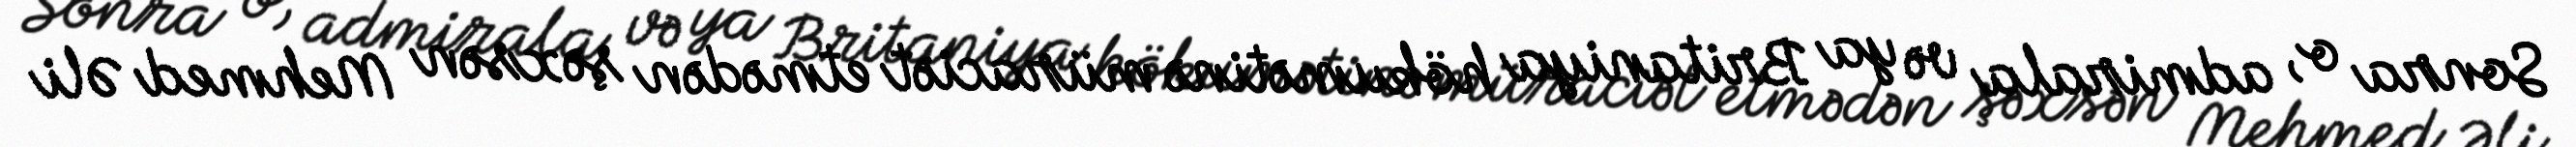
Sonra o, admirala və ya Britaniya hökumətinə müraciət etmədən şəxsən Mehmed Əli